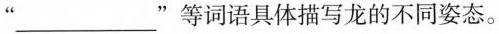
”___”等词语具体描写龙的不同姿态。